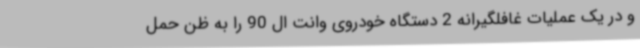
و در یک عملیات غافلگیرانه 2 دستگاه خودروی وانت ال 90 را به ظن حمل